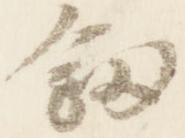
剣